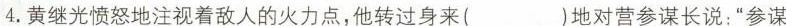
4. 黄继光愤怒地注视着敌人的火力点，他转过身来( )地对营参谋长说：“参谋